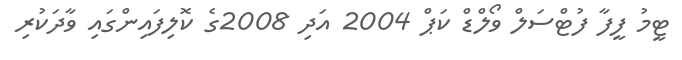
ޓީމު ފީފާ ފުޓްސަލް ވޯލްޑް ކަޕް 2004 އަދި 2008ގެ ކޮލިފައިންގައި ވާދަކުރި